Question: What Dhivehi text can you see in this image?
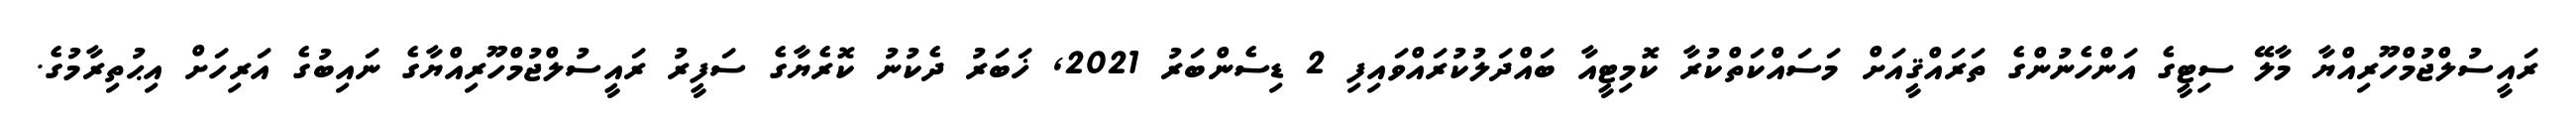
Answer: ރައީސުލްޖުމްހޫރިއްޔާ މާލޭ ސިޓީގެ އަންހެނުންގެ ތަރައްޤީއަށް މަސައްކަތްކުރާ ކޮމިޓީއާ ބައްދަލުކުރައްވައިފި 2 ޑިސެންބަރު 2021, ޚަބަރު ދެކުނު ކޮރެޔާގެ ސަފީރު ރައީސުލްޖުމްހޫރިއްޔާގެ ނައިބުގެ އަރިހަށް އިޙުތިރާމުގެ.